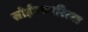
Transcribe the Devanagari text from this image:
सोईस्कररित्या